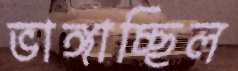
ভাঙ্গাচ্ছিল